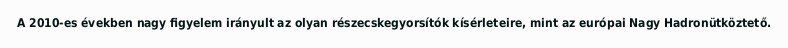
A 2010-es években nagy figyelem irányult az olyan részecskegyorsítók kísérleteire, mint az európai Nagy Hadronütköztető.